Civil Veterinary Department Bengal reports 1923-33 - 1923-1933
Year: 1923
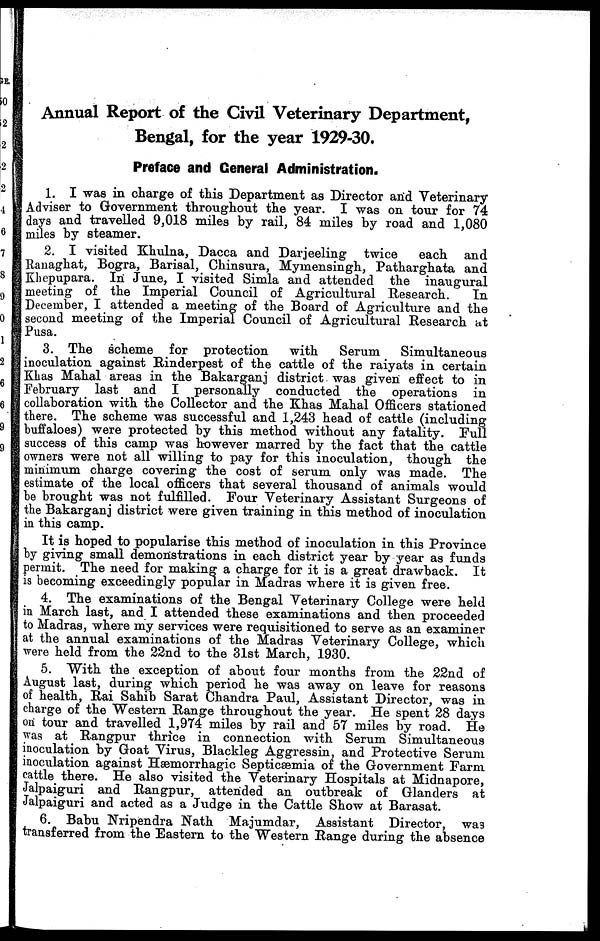
Annual Report of the Civil Veterinary Department,
Bengal, for the year 1929-30.
Preface and General Administration.
1. I was in charge of this Department as Director and Veterinary
Adviser to Government throughout the year. I was on tour for 74
days and travelled 9,018 miles by rail, 84 miles by road and 1,080
miles by steamer.
2. I visited Khulna, Dacca and Darjeeling
twice
each and
Ranaghat, Bogra, Barisal, Chinsura, Mymensingh, Patharghata and
Khepupara. In June, I visited Simla and attended the inaugural
meeting of the Imperial Council of Agricultural Research.
In
December, I attended a meeting of the Board of Agriculture and the
second meeting of the Imperial Council of Agricultural Research at
Pusa.
3. The scheme for protection
with
Serum
Simultaneous
inoculation against Rinderpest of the cattle of the raiyats in certain
Khas Mahal areas in the Bakarganj district was given effect to in
February last and I personally conducted the operations in
collaboration with the Collector and the Khas Mahal Officers stationed
there. The scheme was successful and 1,243 head of cattle (including
buffaloes) were protected by this method without any fatality. Full
success of this camp was however marred by the fact that the cattle
owners were not all willing to pay for this inoculation, though the
minimum charge covering the cost of serum only was made. The
estimate of the local officers that several thousand of animals would
be brought was not fulfilled. Four Veterinary Assistant Surgeons of
the Bakarganj district were given training in this method of inoculation
in this camp.
It is hoped to popularise this method of inoculation in this Province
by giving small demonstrations in each district year by year as funds
permit. The need for making a charge for it is a great drawback. It
is becoming exceedingly popular in Madras where it is given free.
4. The examinations of the Bengal Veterinary College were held
in March last, and I attended these examinations and then proceeded
to Madras, where my services were requisitioned to serve as an examiner
at the annual examinations of the Madras Veterinary College, which
were held from the 22nd to the 31st March, 1930.
5. With the exception of about four months from the 22nd of
August last, during which period he was away on leave for reasons
of health, Rai Sahib Sarat Chandra Paul, Assistant Director, was in
charge of the Western Range throughout the year. He spent 28 days
on tour and travelled 1,974 miles by rail and 57 miles by road. He
was at Rangpur thrice in connection with Serum Simultaneous
inoculation by Goat Virus, Blackleg Aggressin, and Protective Serum
inoculation against Hæmorrhagic Septicæmia of the Government Farm
cattle there. He also visited the Veterinary Hospitals at Midnapore,
Jalpaiguri and Rangpur, attended an outbreak of Glanders at
Jalpaiguri and acted as a Judge in the Cattle Show at Barasat.
6. Babu Nripendra Nath Majumdar, Assistant Director, was
transferred from the Eastern to the Western Range during the absence